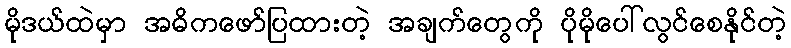
မိုဒယ်ထဲမှာ အဓိကဖော်ပြထားတဲ့ အချက်တွေကို ပိုမိုပေါ်လွင်စေနိုင်တဲ့